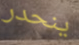
ينحدر